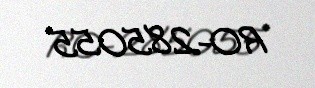
RO-285055